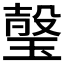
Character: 𱯏